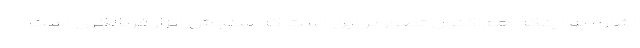
اشاره به اینکه هم‌اکنون تصور بر این است که سنجش ابزار غربالگری است